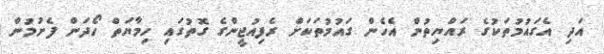
އަދި އެގައުމުތަކުގެ ރައްޔިތުން އެހެން ގައުމުތަކަށް ރެފިއުޖީންގެ ގޮތުގައި ހިމާޔަތް ހޯދަން ފެށުމުން